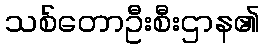
သစ်တောဦးစီးဌာန၏